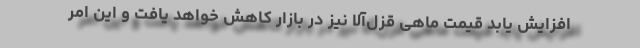
افزایش یابد قیمت ماهی قزل‌آلا نیز در بازار کاهش خواهد یافت و این امر